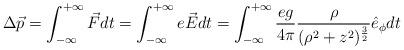
LaTeX: \begin{align*}\Delta\vec{p}=\int_{-\infty}^{+\infty}\vec{F}dt=\int_{-\infty}^{+\infty}e\vec{E}dt=\int_{-\infty}^{+\infty}\frac{eg}{4\pi}\frac{\rho}{(\rho^{2}+z^{2})^{\frac{3}{2}}}\hat{e}_{\phi}dt\end{align*}